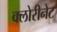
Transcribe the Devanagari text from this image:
क्लोरीनेट